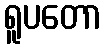
ရူပတော